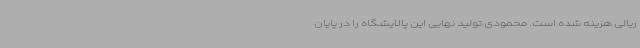
ریالی هزینه شده است. محمودی تولید نهایی این پالایشگاه را در پایان